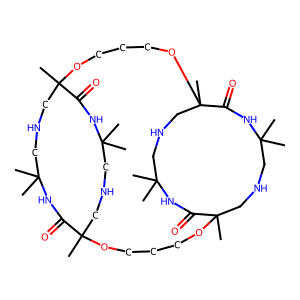
SMILES: CC1(C)CNCC2(C)OCCCOC3(C)CNCC(C)(C)NC(=O)C(C)(CNCC(C)(C)NC3=O)OCCCOC(C)(CNCC(C)(C)NC2=O)C(=O)N1
Inhibits HIV replication: No